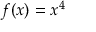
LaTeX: f ( x ) = x ^ { 4 }